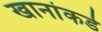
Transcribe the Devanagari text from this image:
खानांकडे